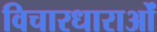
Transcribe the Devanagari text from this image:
विचारधाराओंं